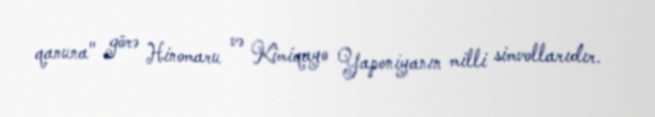
qanuna" görə Hinomaru və Kimiqayo Yaponiyanın milli simvollarıdır.